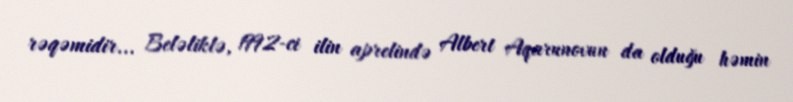
rəqəmidir... Beləliklə, 1992-ci ilin aprelində Albert Aqarunovun da olduğu həmin